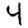
Digit: 4